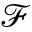
\mathcal { F }